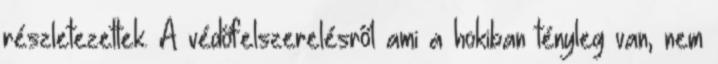
részletezettek. A védőfelszerelésről ami a hokiban tényleg van, nem